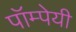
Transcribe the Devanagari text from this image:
पॉम्पेयी